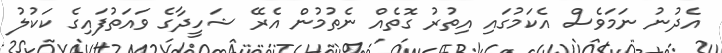
އެދުނު ނަމަވެސް އެކަމުގައި އިތުރު ގޮތެއް ނެތުމުން އެރޭ ޝަހީދާގެ ވައަތުފައިގެ ކަކުލު